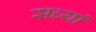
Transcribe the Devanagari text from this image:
सध्यां